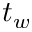
t _ { w }